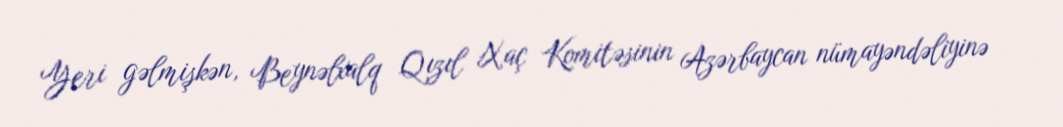
Yeri gəlmişkən, Beynəlxalq Qızıl Xaç Komitəsinin Azərbaycan nümayəndəliyinə